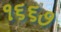
૧૬૬૭